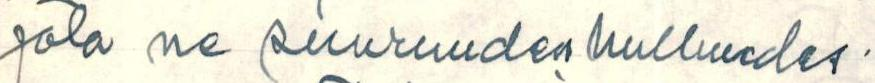
jota ne suuruuden hulluudes-